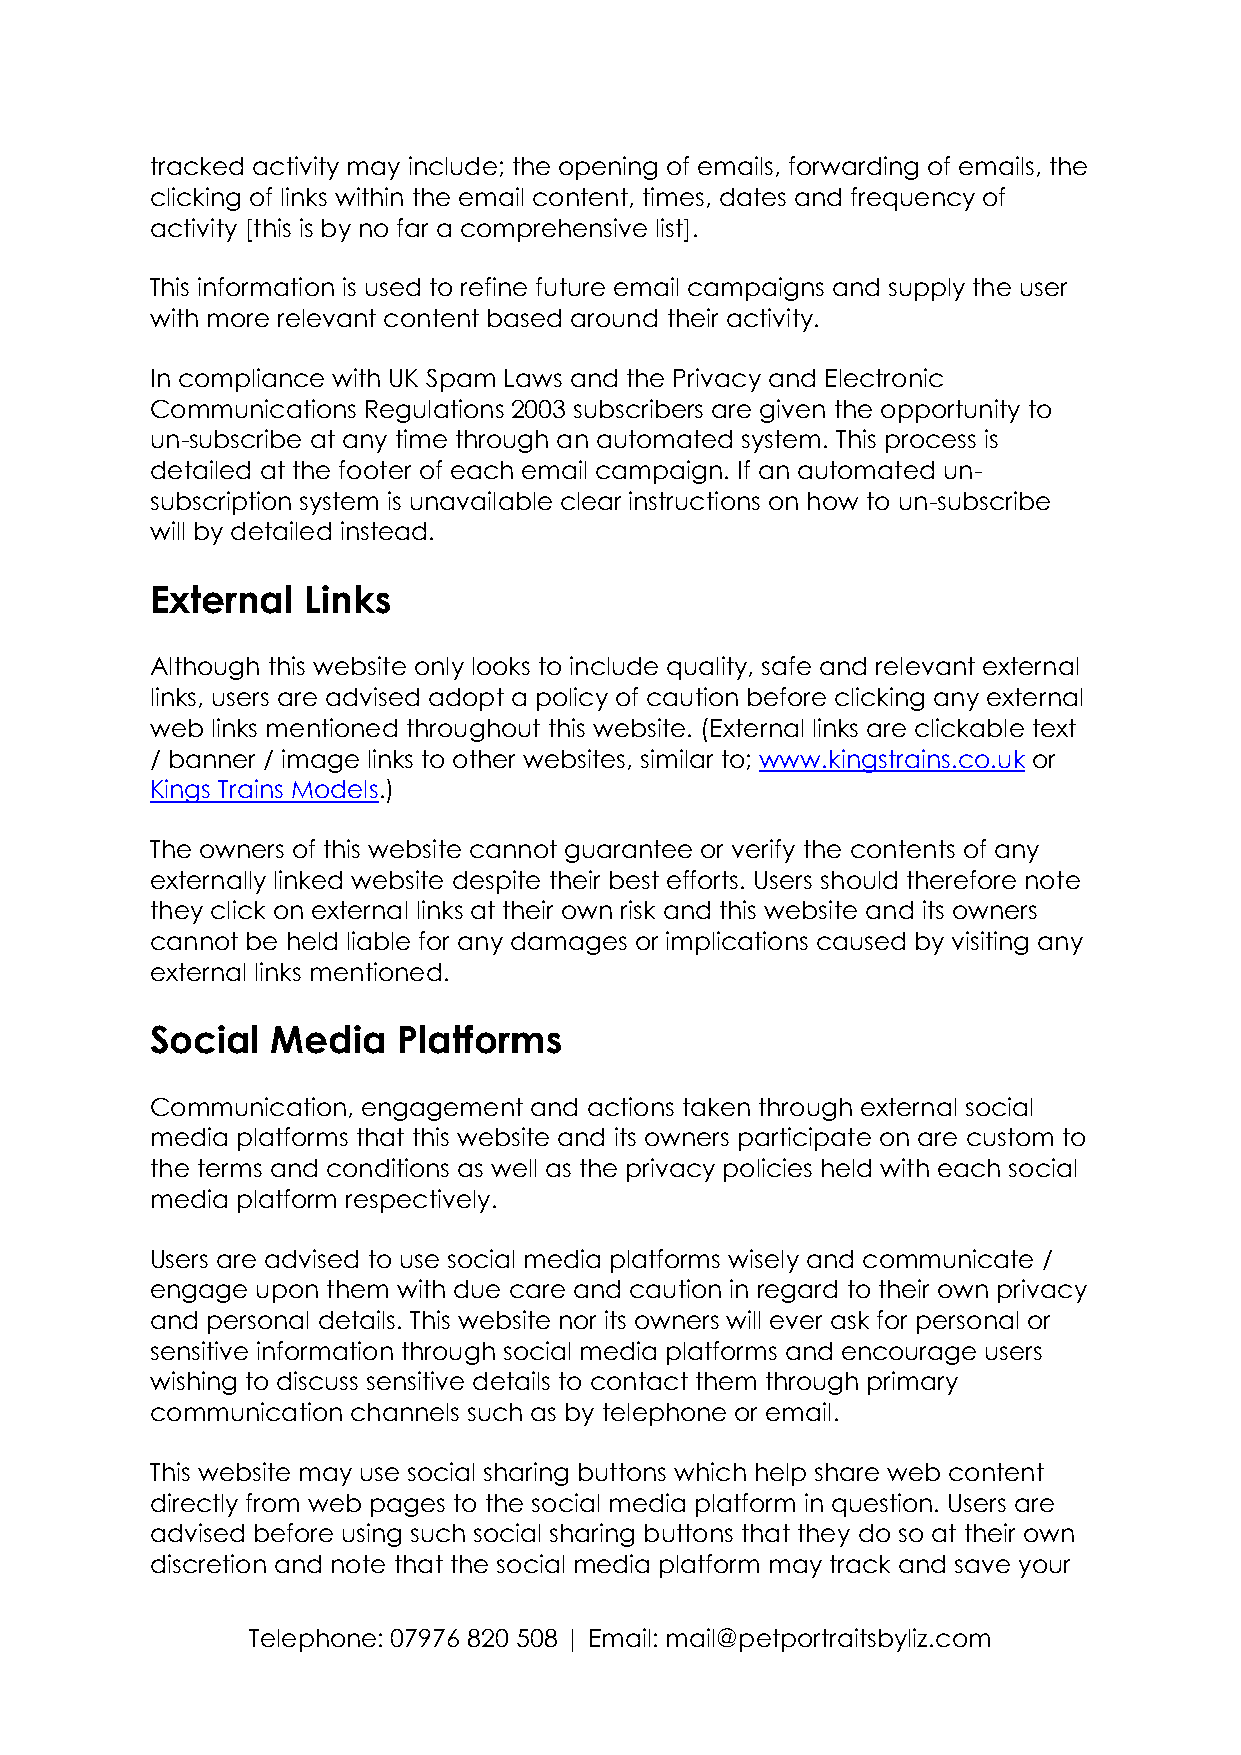
tracked activity may include; the opening of emails, forwarding of emails, the
 clicking of links within the email content, times, dates and frequency of
 activity [this is by no far a comprehensive list].
 This information is used to refine future email campaigns and supply the user
 with more relevant content based around their activity.
 In compliance with UK Spam Laws and the Privacy and Electronic
 Communications Regulations 2003 subscribers are given the opportunity to
 un-subscribe at any time through an automated system. This process is
 detailed at the footer of each email campaign. If an automated un-
 subscription system is unavailable clear instructions on how to un-subscribe
 will by detailed instead.
 External  Links
 Although this website only looks to include quality, safe and relevant external
 links, users are advised adopt a policy of caution before clicking any external
 web links mentioned throughout this website. (External links are clickable text
 / banner / image links to other websites, similar to; www.kingstrains.co.uk or
 Kings Trains Models.)
 The owners of this website cannot guarantee or verify the contents of any
 externally linked website despite their best efforts. Users should therefore note
 they click on external links at their own risk and this website and its owners
 cannot be held liable for any damages or implications caused by visiting any
 external links mentioned.
 Social  Media   Platforms
 Communication, engagement and actions taken through external social
 media platforms that this website and its owners participate on are custom to
 the terms and conditions as well as the privacy policies held with each social
 media platform respectively.
 Users are advised to use social media platforms wisely and communicate /
 engage upon them with due care and caution in regard to their own privacy
 and personal details. This website nor its owners will ever ask for personal or
 sensitive information through social media platforms and encourage users
 wishing to discuss sensitive details to contact them through primary
 communication channels such as by telephone or email.
 This website may use social sharing buttons which help share web content
 directly from web pages to the social media platform in question. Users are
 advised before using such social sharing buttons that they do so at their own
 discretion and note that the social media platform may track and save your
 Telephone: 07976 820 508 | Email: mail@petportraitsbyliz.com